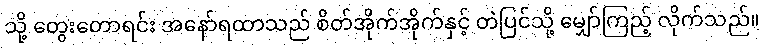
သို့ တွေးတောရင်း အနော်ရထာသည် စိတ်အိုက်အိုက်နှင့် တဲပြင်သို့ မျှော်ကြည့် လိုက်သည်။